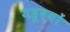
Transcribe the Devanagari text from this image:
यहूदयों